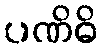
ပဏိဓိ